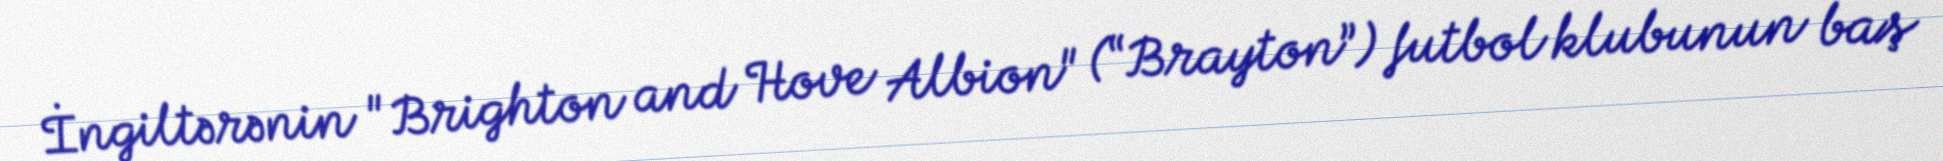
İngiltərənin "Brighton and Hove Albion" (“Brayton”) futbol klubunun baş